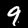
Label: 9